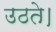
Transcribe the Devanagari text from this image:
उठते।